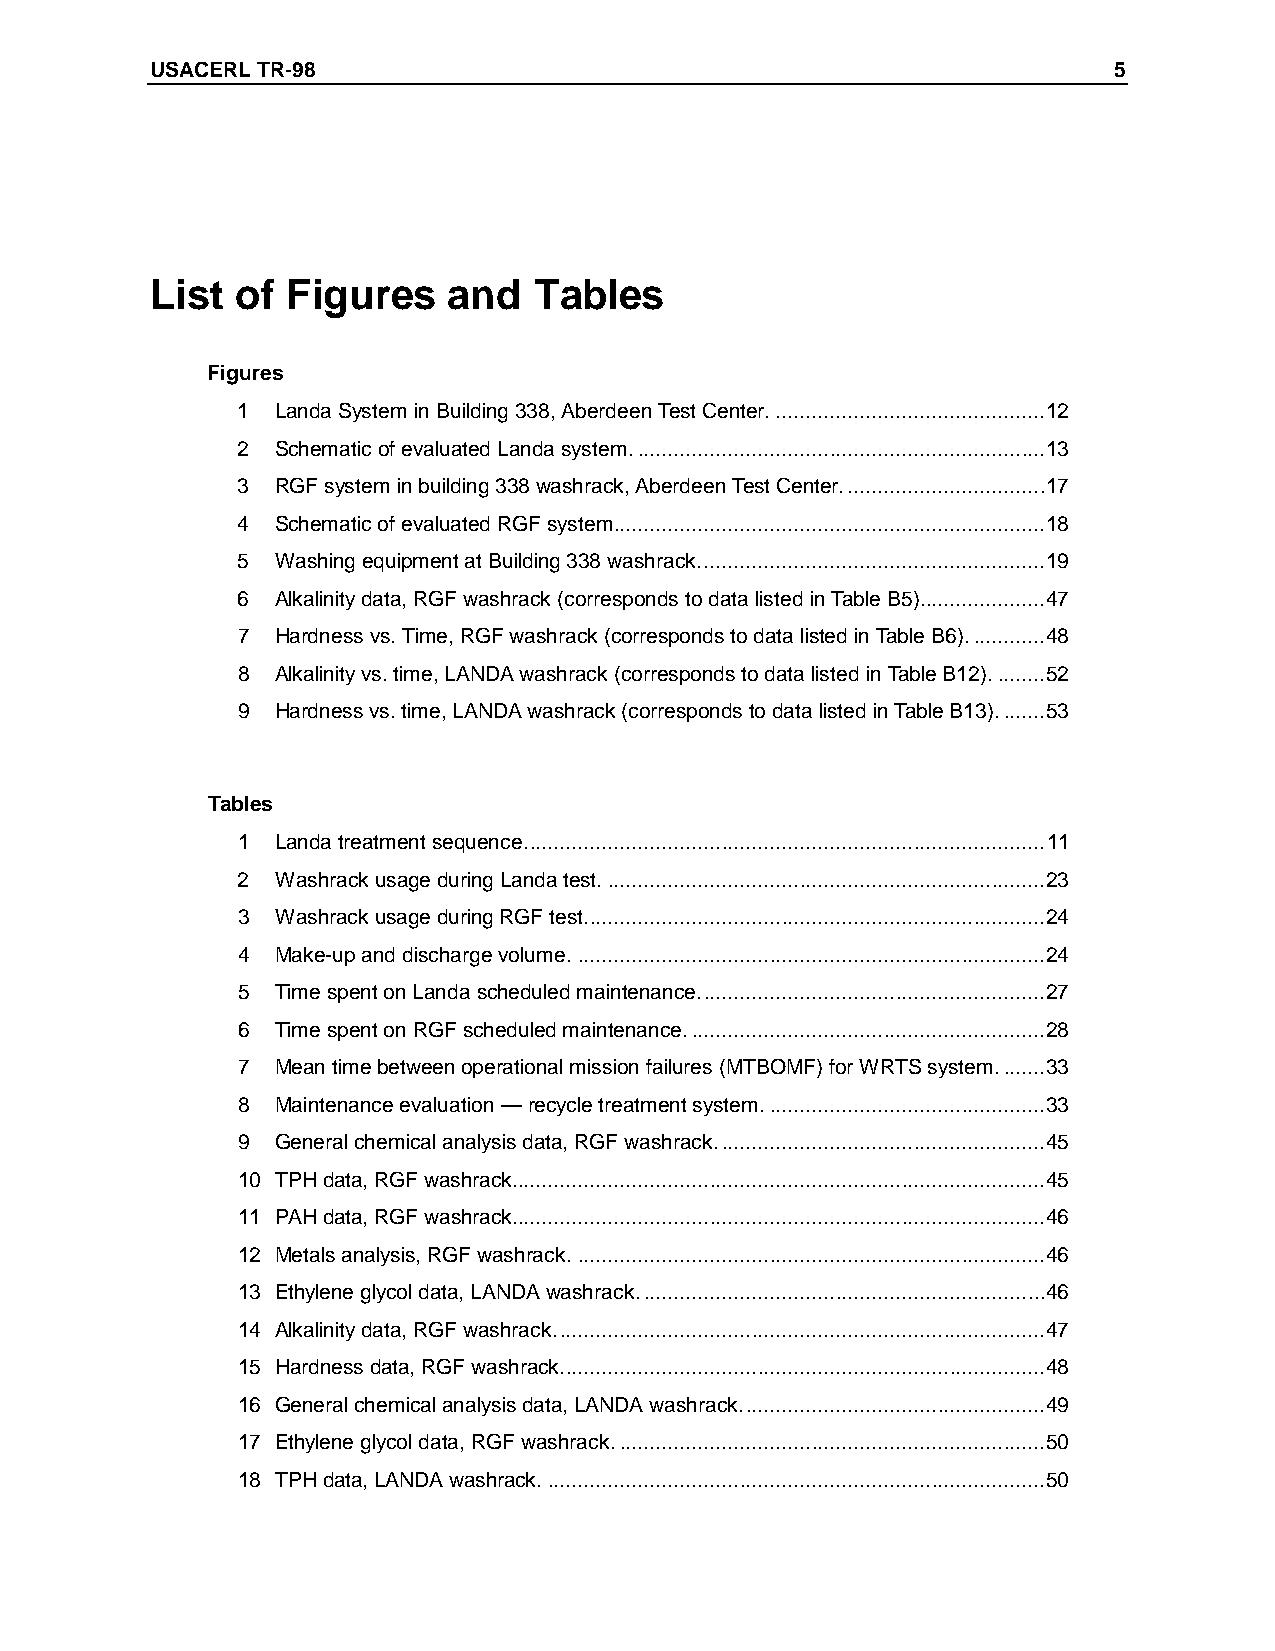
USACERL TR-98                                                   5
 List  of Figures    and  Tables
 Figures
 1 Landa System in Building 338, Aberdeen Test Center..............................................12
 2 Schematic of evaluated Landa system.....................................................................13
 3 RGF system in building 338 washrack, Aberdeen Test Center..................................17
 4 Schematic of evaluated RGF system........................................................................18
 5 Washing equipment at Building 338 washrack..........................................................19
 6 Alkalinity data, RGF washrack (corresponds to data listed in Table B5).....................47
 7 Hardness vs. Time, RGF washrack (corresponds to data listed in Table B6).............48
 8 Alkalinity vs. time, LANDA washrack (corresponds to data listed in Table B12).........52
 9 Hardness vs. time, LANDA washrack (corresponds to data listed in Table B13)........53
 Tables
 1 Landa treatment sequence.......................................................................................11
 2 Washrack usage during Landa test. .........................................................................23
 3 Washrack usage during RGF test.............................................................................24
 4 Make-up and discharge volume...............................................................................24
 5 Time spent on Landa scheduled maintenance..........................................................27
 6 Time spent on RGF scheduled maintenance............................................................28
 7 Mean time between operational mission failures (MTBOMF) for WRTS system........33
 8 Maintenance evaluation —r ecycle treatment system...............................................33
 9 General chemical analysis data, RGF washrack.......................................................45
 10 TPH data, RGF washrack.........................................................................................45
 11 PAH data, RGF washrack.........................................................................................46
 12 Metals analysis, RGF washrack...............................................................................46
 13 Ethylene glycol data, LANDA washrack....................................................................46
 14 Alkalinity data, RGF washrack..................................................................................47
 15 Hardness data, RGF washrack.................................................................................48
 16 General chemical analysis data, LANDA washrack...................................................49
 17 Ethylene glycol data, RGF washrack........................................................................50
 18 TPH data, LANDA washrack....................................................................................50